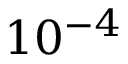
1 0 ^ { - 4 }